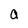
Character: a